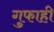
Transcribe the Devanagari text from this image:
गुफाही